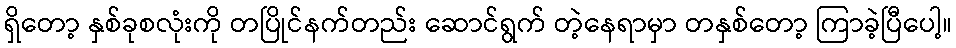
ရှိတော့ နှစ်ခုစလုံးကို တပြိုင်နက်တည်း ဆောင်ရွက် တဲ့နေရာမှာ တနှစ်တော့ ကြာခဲ့ပြီပေါ့။